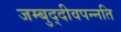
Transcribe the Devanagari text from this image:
जम्बुद्दीवपन्नति